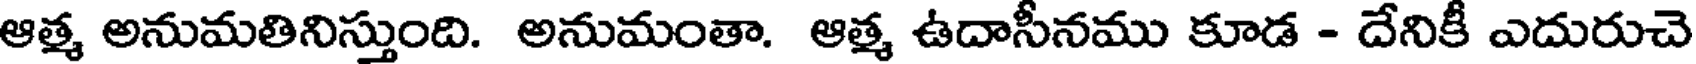
ఆత్మ అనుమతినిస్తుంది. అనుమంతా. ఆత్మ ఉదాసీనము కూడ - దేనికీ ఎదురుచె